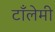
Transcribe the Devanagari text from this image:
टाँलेमी